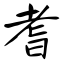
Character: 耆